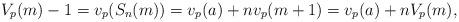
LaTeX: \begin{align*}V_p(m)-1=v_p(S_n(m))=v_p(a)+nv_p(m+1)=v_p(a)+nV_p(m),\end{align*}